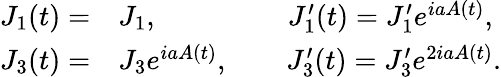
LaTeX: \begin{array}{rl}{J_{1}(t)=}&{{}J_{1},\qquad\qquad\; \; J_{1}^{\prime}(t)=J_{1}^{\prime}e^{iaA(t)},}\\ {J_{3}(t)=}&{{}J_{3}e^{iaA(t)},\qquad J_{3}^{\prime}(t)=J_{3}^{\prime}e^{2iaA(t)}.}\end{array}